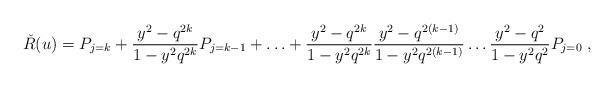
LaTeX: \begin{align*}\check{R}(u)=P_{j=k}+\frac{y^{2}-q^{2k}}{1-y^{2}q^{2k}}P_{j=k-1}+ \ldots +\frac{y^{2}-q^{2k}}{1-y^{2}q^{2k}}\frac{y^{2}-q^{2(k-1)}}{1-y^{2}q^{2(k-1)}}\ldots \frac{y^{2}-q^{2}}{1-y^{2}q^{2}}P_{j=0}\;,\end{align*}